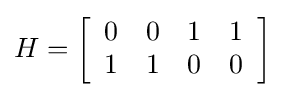
H=\left[{\begin{array}{cccc}0&0&1&1\\1&1&0&0\end{array}}\right]